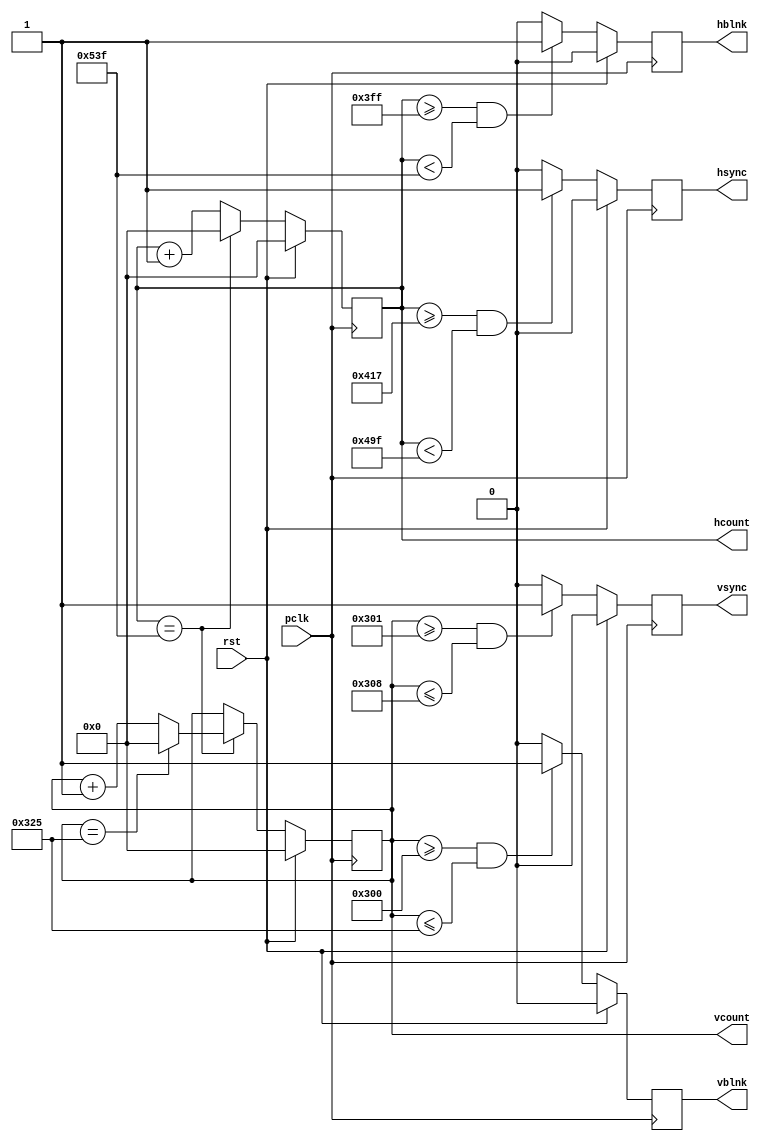
`timescale 1ns / 1ps
//////////////////////////////////////////////////////////////////////////////////
// Company: AGH UST
// Engineers: Hubert Kwaniewski, Marcin Mistela
// 
// Design Name: 
// Module Name: vga_timing
// Project Name: Tic-tac-toe game
// Target Devices: 
// Tool Versions: 
// Description: 
// 
// Dependencies: 
// 
// Revision:
// Revision 0.01 - File Created
// Additional Comments:
// 
//////////////////////////////////////////////////////////////////////////////////


module vga_timing(
      output reg [10:0] vcount,
      output reg vsync,
      output reg vblnk,
      output reg [10:0] hcount,
      output reg hsync,
      output reg hblnk,
      input wire pclk,
      input wire rst
    );
    
  reg [10:0] hcount_nxt;
  reg [10:0] vcount_nxt;
  wire vsync_nxt;
  wire hsync_nxt;
  wire hblnk_nxt;
  wire vblnk_nxt;
  
  parameter H_DISP_TIME = 1024;
  parameter H_F_PORCH = 24;
  parameter H_S_PULSE = 136;
  parameter H_B_PORCH = 160;
  parameter V_DISP_TIME = 768;
  parameter V_F_PORCH = 3;
  parameter V_S_PULSE = 6;
  parameter V_B_PORCH = 29;
  parameter H_MAX = H_DISP_TIME + H_F_PORCH + H_S_PULSE + H_B_PORCH - 1;
  parameter V_MAX = V_DISP_TIME + V_F_PORCH + V_S_PULSE + V_B_PORCH - 1;
  
  always@(posedge pclk) begin
	if(rst) begin
		vcount <= 0;
		hcount <= 0;
		hsync <= 0;
        vsync <= 0;
        vblnk <= 0;
        hblnk <= 0;
    end 
    else begin
		hcount <= hcount_nxt;
		vcount <= vcount_nxt;
		hsync <= hsync_nxt;
		vsync <= vsync_nxt;
		vblnk <= vblnk_nxt;
		hblnk <= hblnk_nxt;
    end
  end
  
  assign hsync_nxt = ((hcount >= (H_DISP_TIME + H_F_PORCH - 1)) && (hcount < (H_MAX - H_B_PORCH))) ? 1:0;
  assign hblnk_nxt = (hcount >= (H_DISP_TIME - 1) && hcount < H_MAX) ? 1:0;
  
  always@* begin
	if(hcount == H_MAX)
        hcount_nxt = 0;
    else
        hcount_nxt = hcount + 1;
  end
  
  always@* begin
	if(hcount == H_MAX)
    begin
        if(vcount == V_MAX)
            vcount_nxt = 0;
        else
            vcount_nxt = vcount + 1;
    end
    else
    begin
        vcount_nxt = vcount;
    end
  end
  
  assign vsync_nxt = ((vcount >= V_DISP_TIME + 1) && (vcount <= (V_MAX - V_B_PORCH))) ? 1:0;
  assign vblnk_nxt = ((vcount >= V_DISP_TIME) && vcount <= V_MAX) ? 1:0;
  
    
endmodule